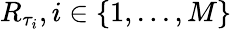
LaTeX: R_{\tau_{i}},i\in\{ 1,...,M\}